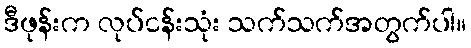
ဒီဖုန်းက လုပ်ငန်းသုံး သက်သက်အတွက်ပါ။